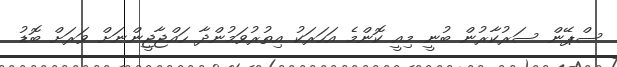
ސްޕޭން ސަރުކާރުން ބުނީ މިއީ ކޮންމެ އަހަރަކު އިތުރުވަމުންދާ ހައްޖާޖީންނަށް ވަރަށް ބޮޑު